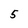
Character: 5